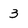
Character: 3